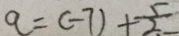
a = ( - 7 ) + \frac { 5 } { 2 }